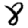
Digit: 8